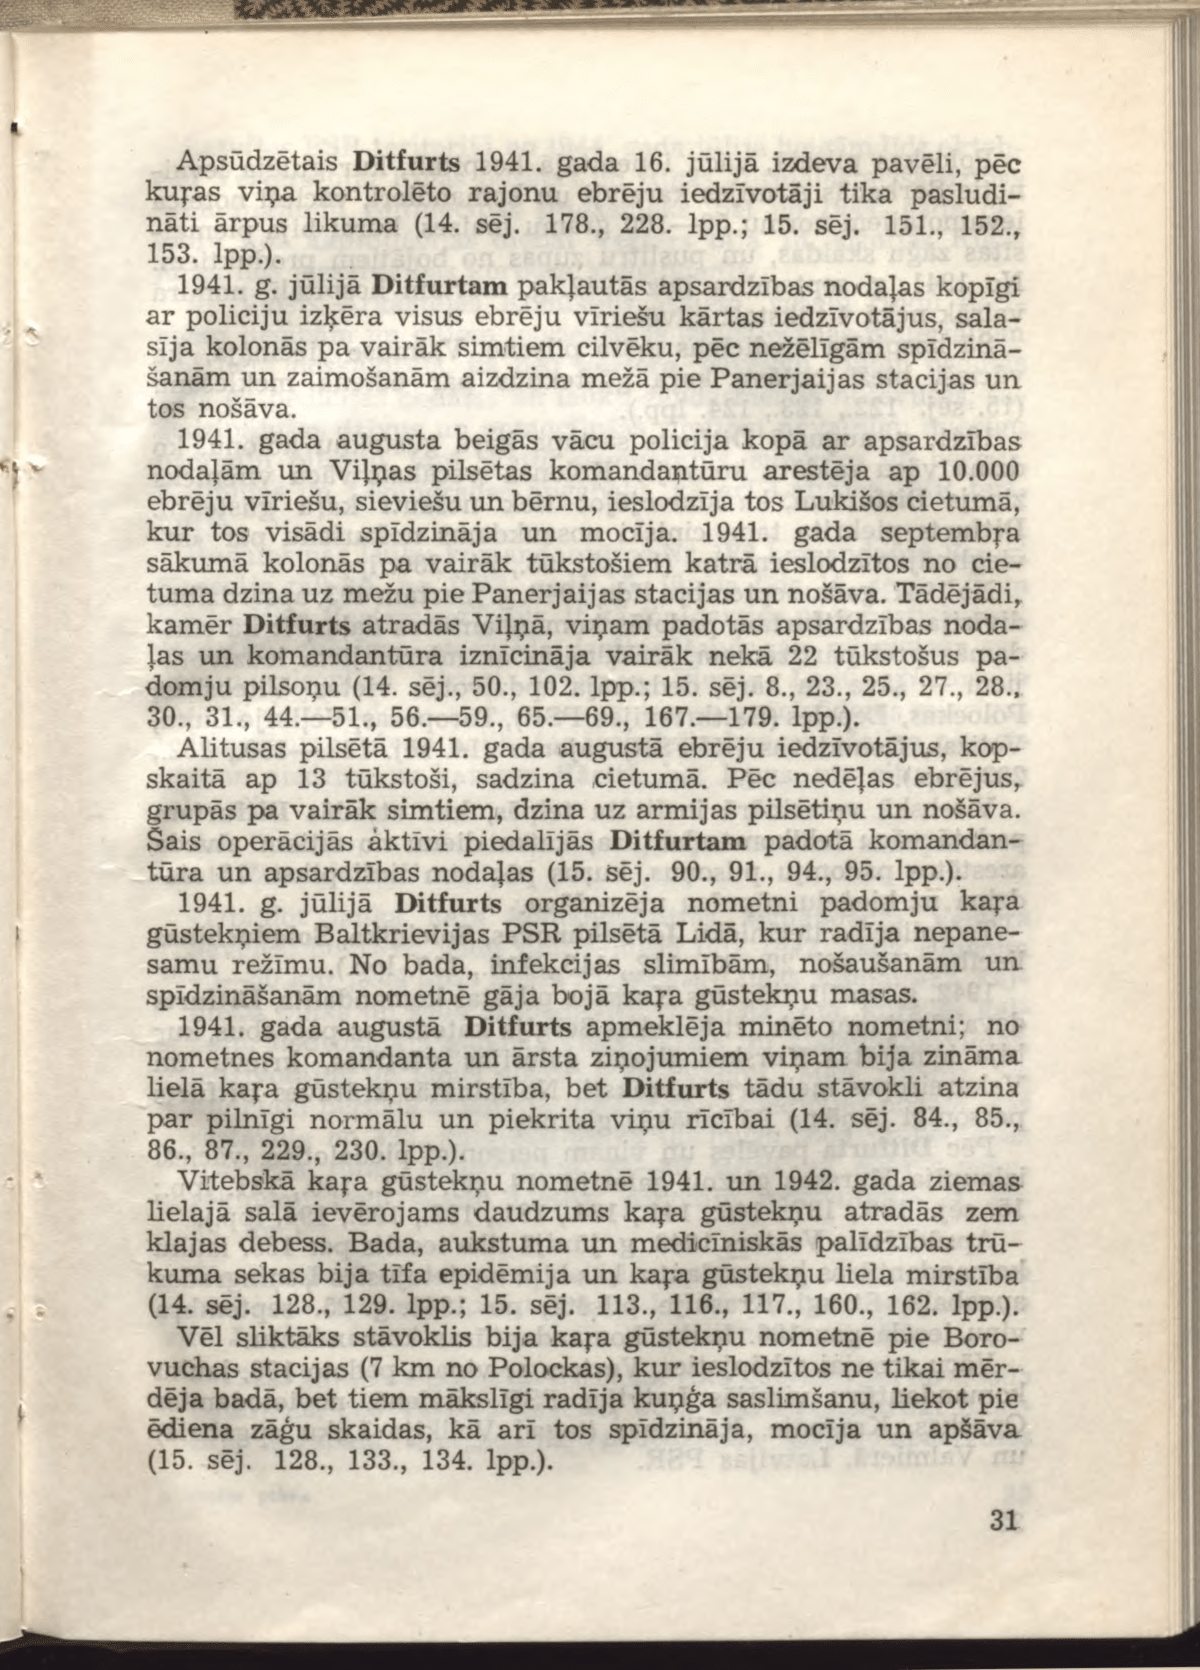
Language: lv